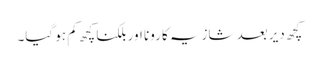
کچھ دیر بعد شازیہ کا رونا اور بلکنا کچھ کم ہو گیا۔